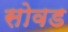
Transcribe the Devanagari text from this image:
सोवड